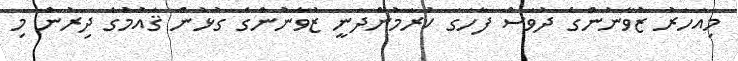
މިއަހަރު ޒުވާނުންގެ ދުވަސް ފާހަގަ ކުރަމުންދަނީ ޒުވާނުންގެ ގުޅުން ޤައުމުގެ ދިރުން މި